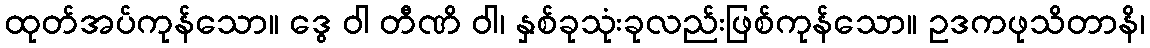
ထုတ်အပ်ကုန်သော။ ဒွေ ဝါ တီဏိ ဝါ၊ နှစ်ခုသုံးခုလည်းဖြစ်ကုန်သော။ ဥဒကဖုသိတာနိ၊